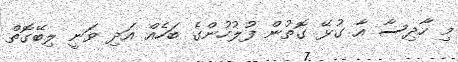
މި ހާދިސާ އާ ގުޅޭ ގޮތުން ފުލުހުންގެ ބަހެއް އަދި ވަނީ ލިބޭގޮތް